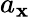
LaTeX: a_{\mathbf{x}}